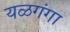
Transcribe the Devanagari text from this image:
यळगंगा